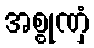
အစ္စုဏှံ